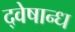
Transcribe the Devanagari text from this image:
द्वेषान्ध